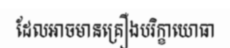
ដែលអាចមានគ្រឿងបរិក្ខាយោធា